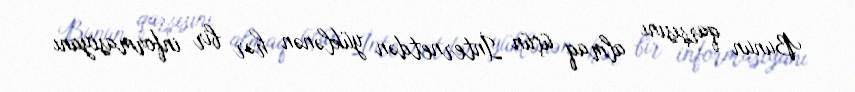
Bunun qarşısını almaq üçün İnternetdən yüklənən hər bir informasiyanı